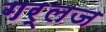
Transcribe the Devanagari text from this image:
गर्लज